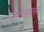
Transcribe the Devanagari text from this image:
सभोवतालचं